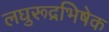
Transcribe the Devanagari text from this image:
लघुरूद्रभिषेक